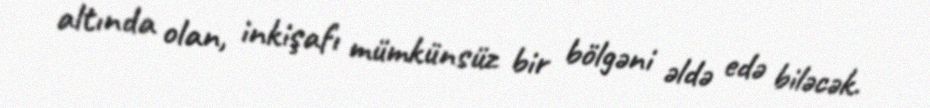
altında olan, inkişafı mümkünsüz bir bölgəni əldə edə biləcək.